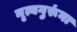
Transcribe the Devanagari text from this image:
नृत्यगुरूंना